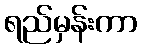
ရည်မှန်းကာ